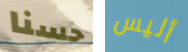
حسنا أليس